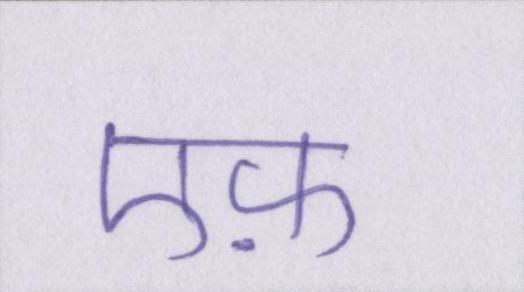
एफ़